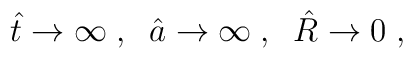
\hat{t} \to \infty \; , \; \; \hat{a} \to \infty \; , \; \; \hat{R} \to 0 \; ,